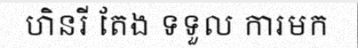
ហិនរី តែង ទទួល ការមក